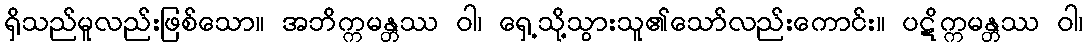
ရှိသည်မူလည်းဖြစ်သော။ အဘိက္ကမန္တဿ ဝါ၊ ရှေ့သို့သွားသူ၏သော်လည်းကောင်း။ ပဋိက္ကမန္တဿ ဝါ၊